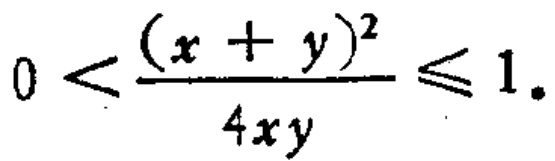
\(0 < \frac{(x + y)^2}{4xy} \leq 1\)